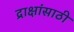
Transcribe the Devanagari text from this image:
द्राक्षांसाठी